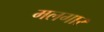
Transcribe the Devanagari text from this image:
मलगार